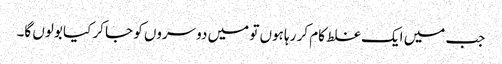
جب میں ایک غلط کام کر رہا ہوں تو میں دوسروں کو جا کر کیا بولوں گا۔